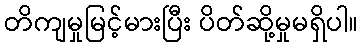
တိကျမှုမြင့်မားပြီး ပိတ်ဆို့မှုမရှိပါ။